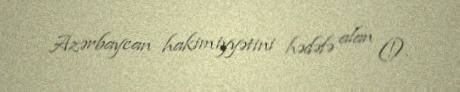
Azərbaycan hakimiyyətini hədəfə alan (!).